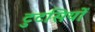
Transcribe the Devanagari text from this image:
टुटसियों